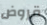
قروض